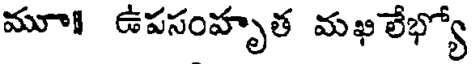
మూ ఉపసంహృత మఖ లేభ్యో